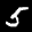
Label: 5